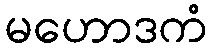
မဟောဒကံ